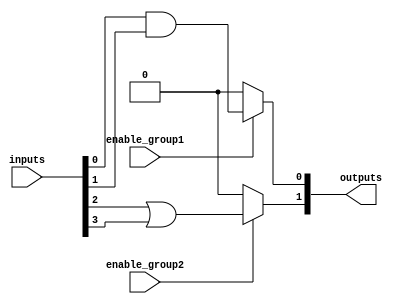
module AdjacencyGroups (
    input wire [3:0] inputs,       // 4 binary input signals
    input wire enable_group1,      // Control signal for group 1
    input wire enable_group2,      // Control signal for group 2
    output wire [1:0] outputs       // 2 outputs from the groups
);

// Group 1: inputs[0] and inputs[1]
wire group1_output;
assign group1_output = enable_group1 ? (inputs[0] & inputs[1]) : 1'b0; // AND operation

// Group 2: inputs[2] and inputs[3]
wire group2_output;
assign group2_output = enable_group2 ? (inputs[2] | inputs[3]) : 1'b0; // OR operation

// Combine outputs from both groups
assign outputs = {group2_output, group1_output}; // Outputs are ordered as [group2_output, group1_output]

endmodule